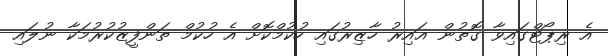
އެ ރިޕޯޓްގައިވާ ގޮތުން ޣައިރު ހާޒިރުގައި ހުކުމްކޮށް އެ ހުކުމް ތަންފީޒުކުރުމަކާ ނުލައި